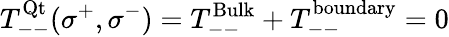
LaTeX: T_{--}^{\mathrm{Qt}}(\sigma^{+},\sigma^{-})=T_{--}^{\mathrm{Bulk}}+T_{--}^{\mathrm{boundary}}=0